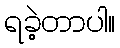
ရခဲ့တာပါ။